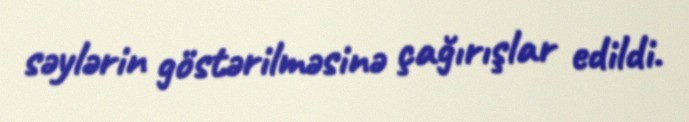
səylərin göstərilməsinə çağırışlar edildi.